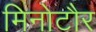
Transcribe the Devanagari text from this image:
मिनोटौर